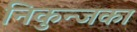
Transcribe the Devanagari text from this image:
निकुन्जका